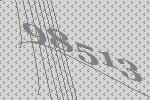
98513